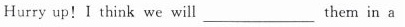
Hurry up!I think we will___them in a